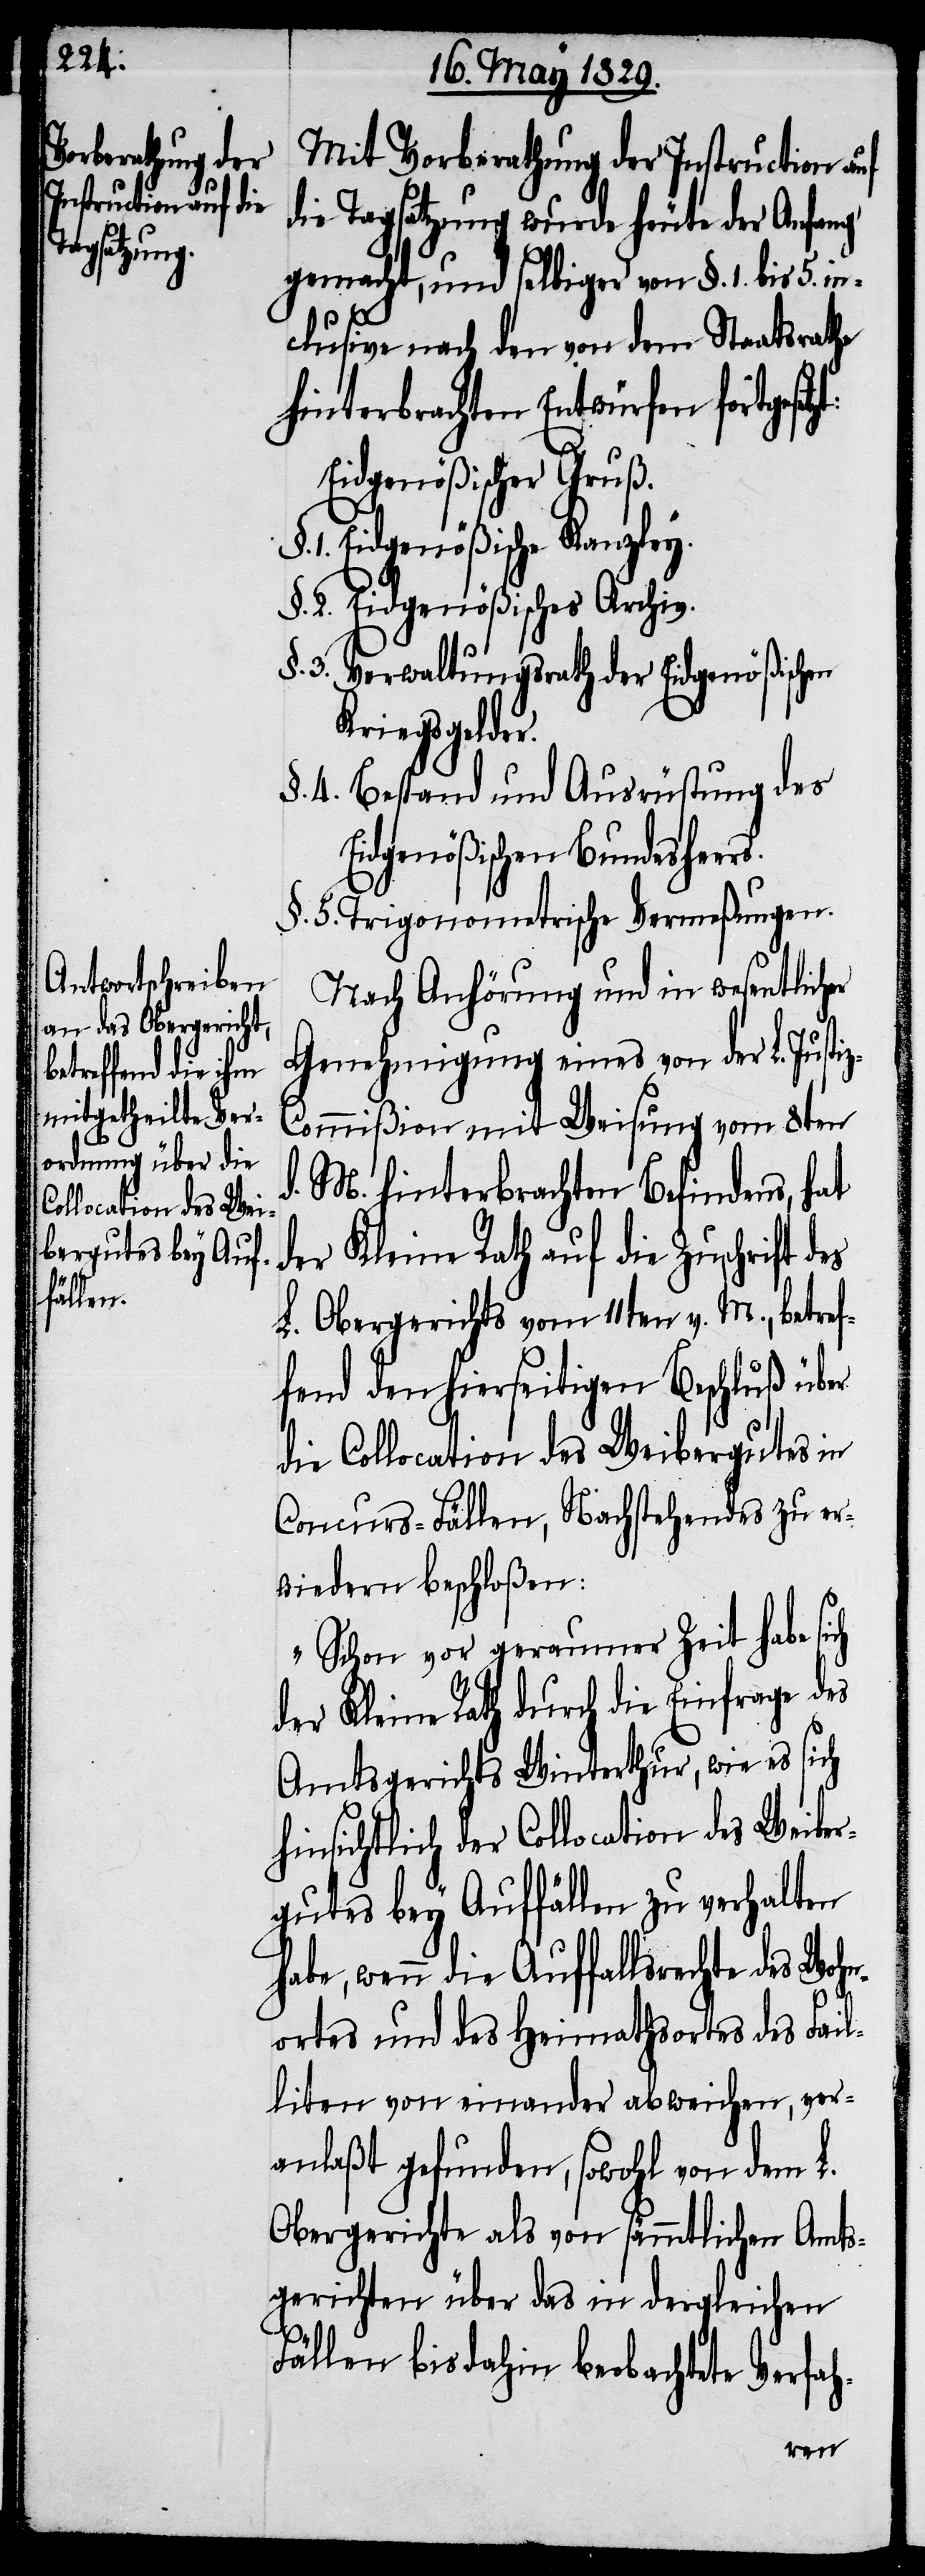
Mit Vorberathung der Instruction auf
die Tagsatzung wurde heute der Anfang
gemacht, und selbiger von §. 1. bis 5. in¬
clusive nach den von dem Staatsrathe
hinterbrachten Entwürfen fort¬
Eidgenößischer Gruß.
1. Eidgenößische Kanzley.
§. 2. Eidgenößisches Archiv.
§. 3. Verwaltungsrath der Eidgenößischen
der.
§. 4. Bestand und Ausrüstung des
Eidgenößischen Bundesheers.
§. 5. Trigonometrische Vermeßungen.
Nach Anhörung und in wesentlicher
Genehmigung eines von der L. Justi¬
z-Commißion mit Weisung vom 8ten
M. hinterbrachten Befindens, hat
der Kleine Rath auf die Zuschrift des
L. Obergerichts vom 11ten v. M., betref¬
fend den hierseitigen Beschluß über
die Collocation des Weibergutes in
Concurs-Fällen, Nachstehendes zu er¬
wiedern beschloßen:
„Schon vor geraumer Zeit habe sich
der Kleine Rath durch die Einfrage des
Amtsgerichts Winterthur, wie es sich
hinsichtlich der Collocation des Weiber¬
gutes bey Auffällen zu verhalten
habe, wenn die Auffallsrechte des Woh¬
nortes und des Heimathsortes des Fail¬
liten von einander abweichen, ver¬
anlaßt gefunden, sowohl von dem L.
Obergerichte als von sämmtlichen Amts¬
gerichten über das in dergleichen
Fällen bis dahin beobachtete Verfah-